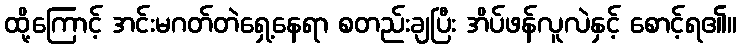
ထို့ကြောင့် အင်းမဂတ်တဲရှေ့နေရာ စတည်းချပြီး အိပ်ဖန်လူလဲနှင့် စောင့်ရ၏။